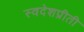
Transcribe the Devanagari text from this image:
स्वदेशप्रीती